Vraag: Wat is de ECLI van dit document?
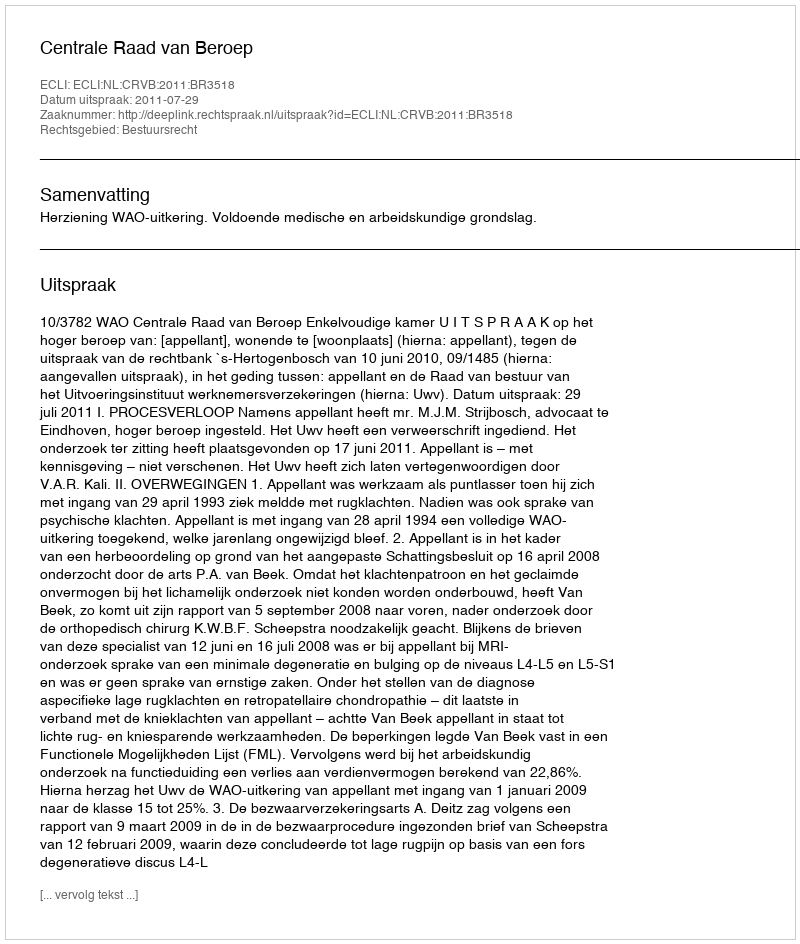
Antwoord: ECLI:NL:CRVB:2011:BR3518